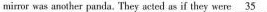
mirror was another panda. They acted as if they were \underline { 3 5 }